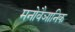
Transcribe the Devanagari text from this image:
मनोवैञानिक